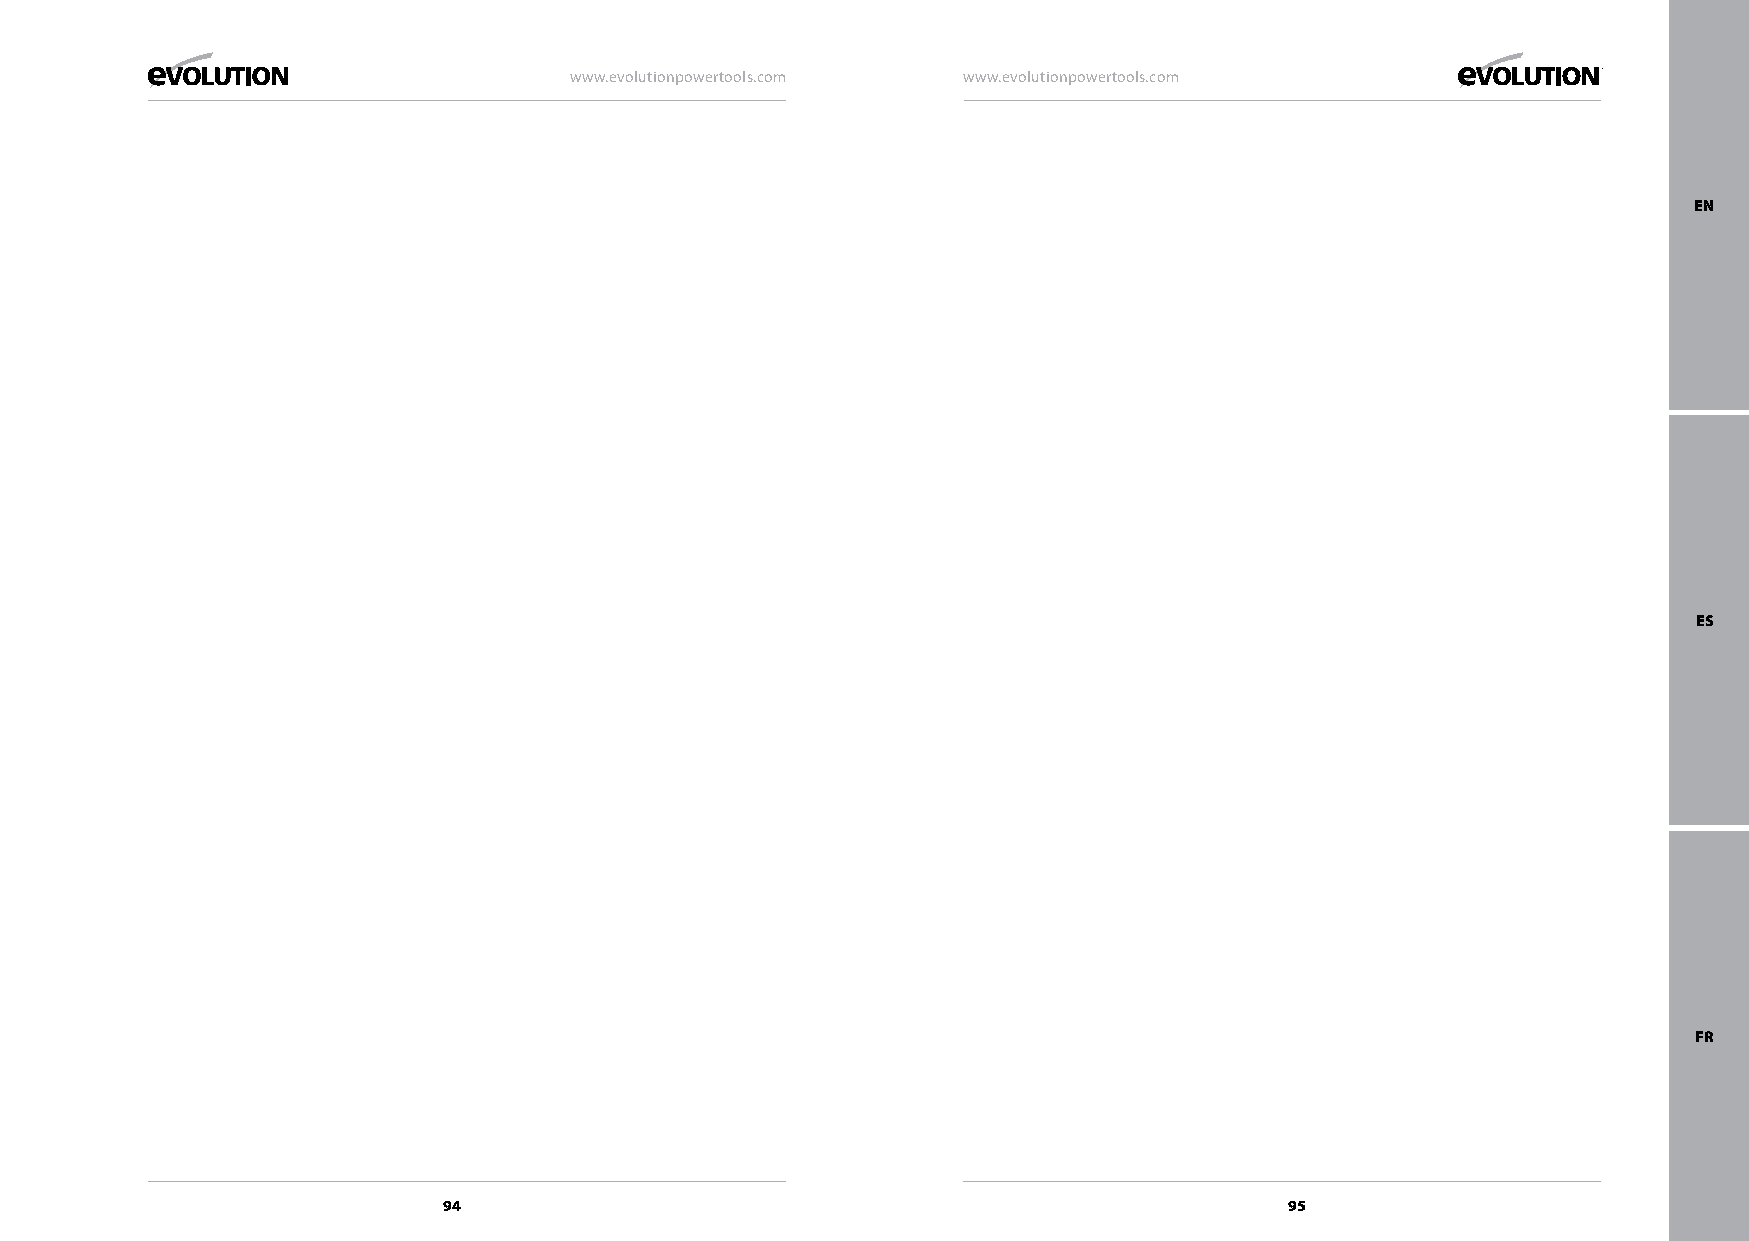
www.evolutionpowertools.com www.evolutionpowertools.com
 EN
 ES
 FR
 94                                                      95